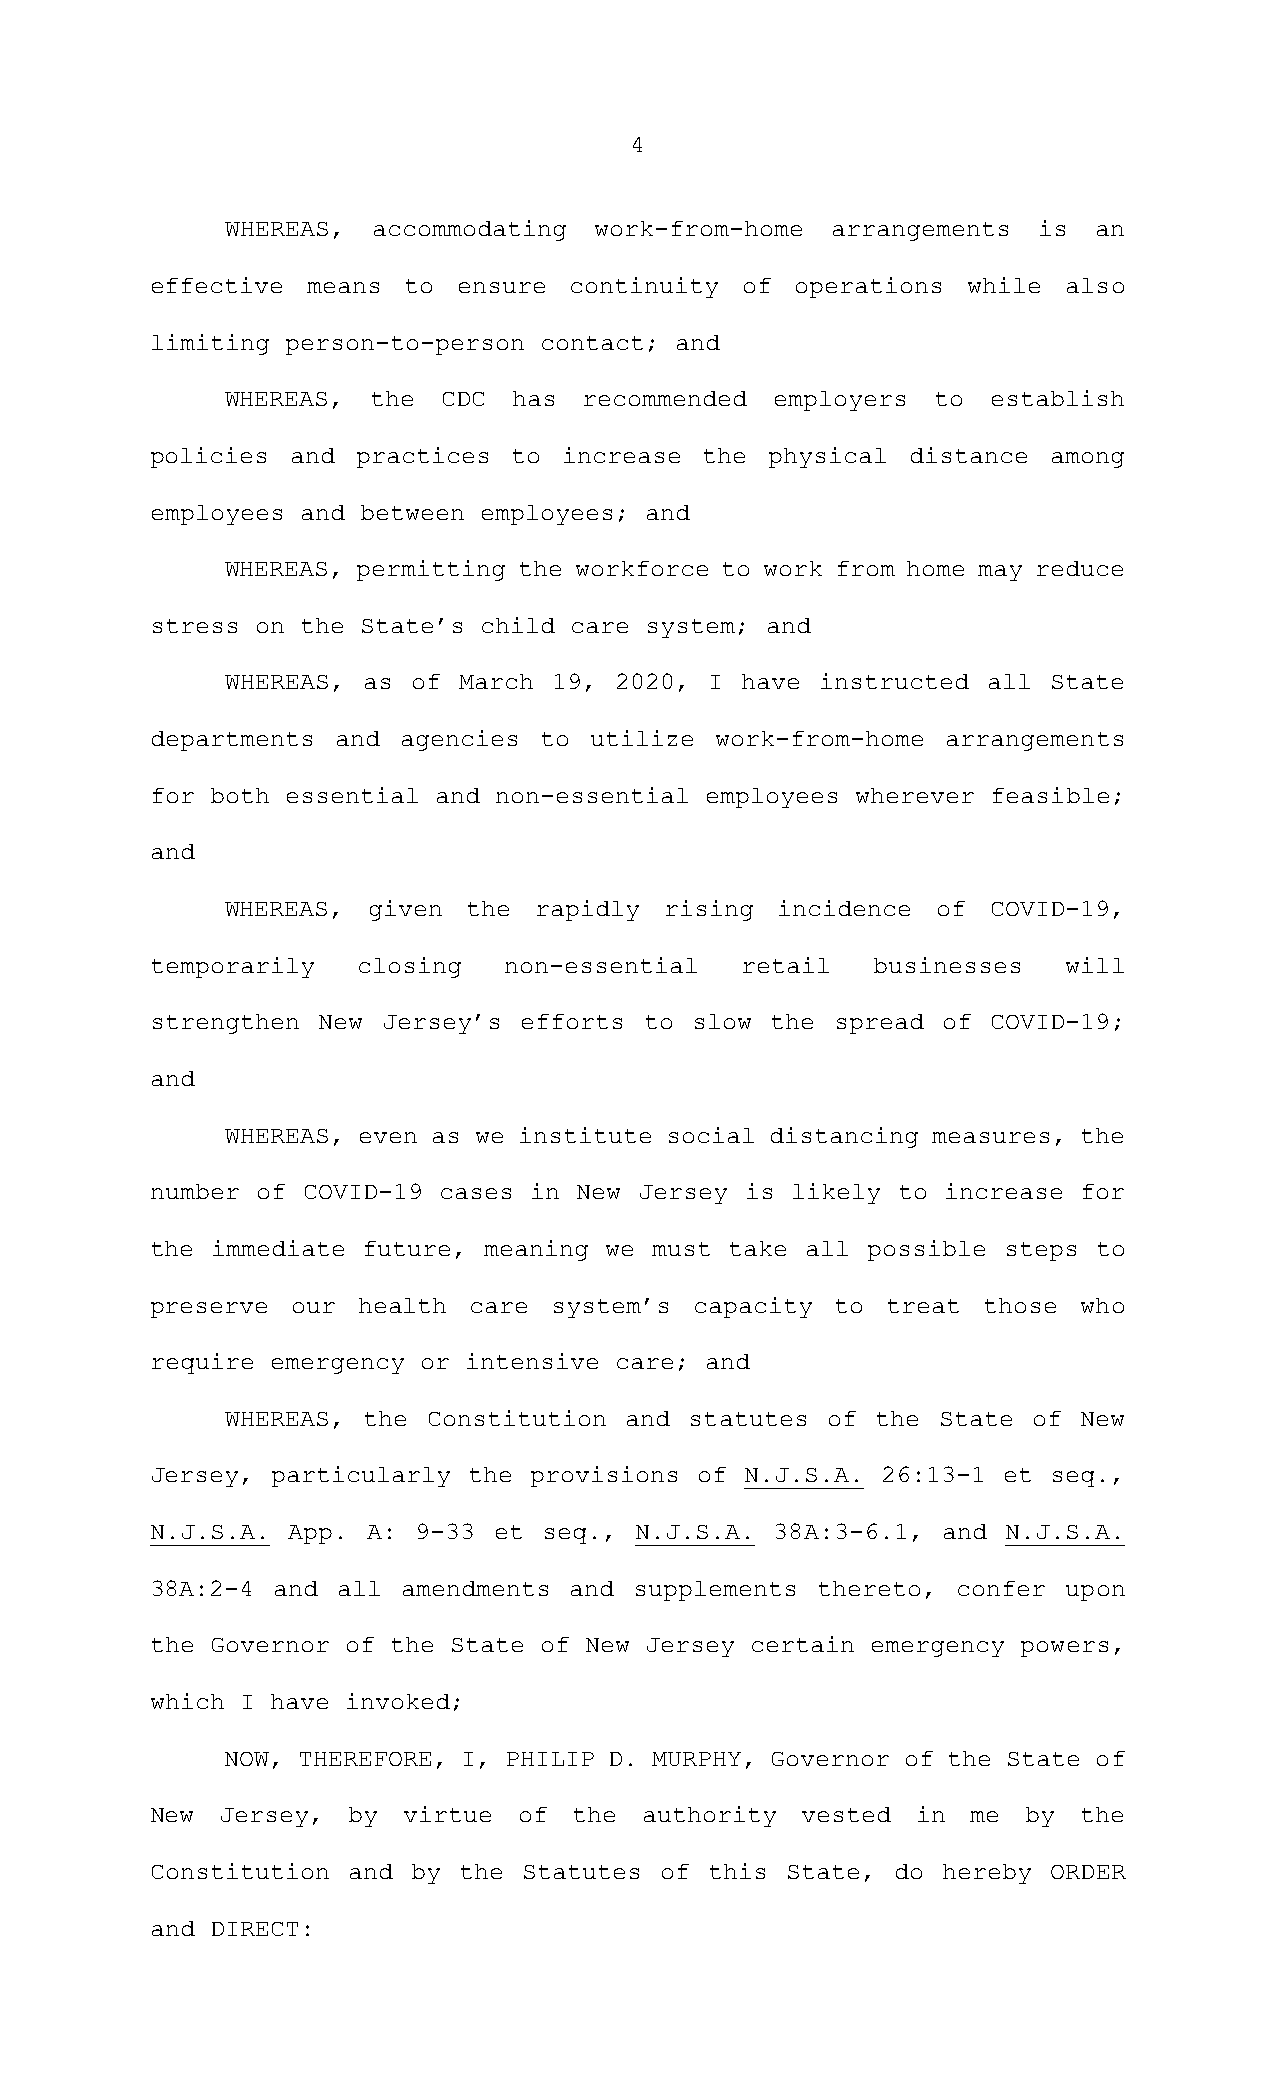
4
 WHEREAS,  accommodating work-from-home  arrangements  is  an
 effective means  to ensure  continuity of  operations while  also
 limiting person-to-person contact; and
 WHEREAS,  the CDC  has  recommended employers  to  establish
 policies and  practices to increase  the physical distance  among
 employees and between employees; and
 WHEREAS, permitting the workforce to work from home may reduce
 stress on the State’s child care system; and
 WHEREAS, as of March  19, 2020, I have instructed all  State
 departments and agencies  to utilize work-from-home  arrangements
 for both essential and non-essential employees wherever feasible;
 and
 WHEREAS, given  the rapidly  rising  incidence of  COVID-19,
 temporarily   closing  non-essential   retail   businesses   will
 strengthen New Jersey’s efforts  to slow the spread of  COVID-19;
 and
 WHEREAS, even as we institute social distancing measures, the
 number of COVID-19 cases in New Jersey is likely to increase  for
 the immediate future, meaning we must take all possible steps  to
 preserve our  health care  system’s capacity to  treat those  who
 require emergency or intensive care; and
 WHEREAS, the Constitution and  statutes of the State of  New
 Jersey, particularly the provisions of N.J.S.A. 26:13-1 et  seq.,
 N.J.S.A. App. A: 9-33  et seq., N.J.S.A. 38A:3-6.1, and  N.J.S.A.
 38A:2-4 and all  amendments and supplements thereto, confer  upon
 the Governor of the State of New Jersey certain emergency powers,
 which I have invoked;
 NOW, THEREFORE, I, PHILIP D. MURPHY, Governor of the State of
 New  Jersey, by  virtue of  the  authority vested  in me  by  the
 Constitution and by the  Statutes of this State, do hereby  ORDER
 and DIRECT: